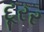
દૂરર